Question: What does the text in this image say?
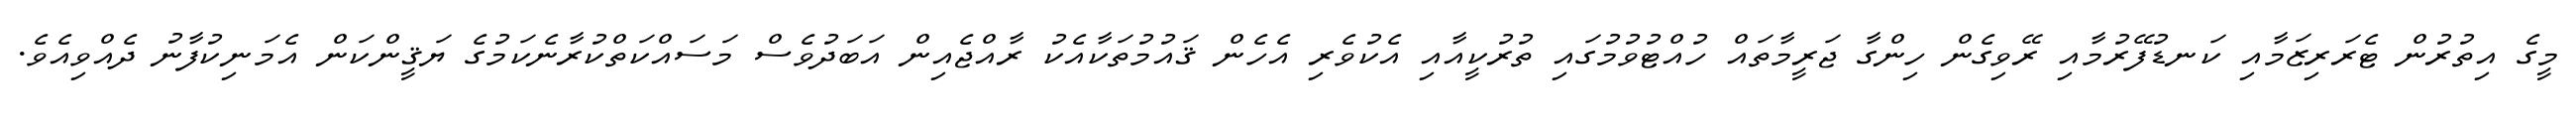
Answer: މީގެ އިތުރުން ޓެރަރިޒަމާއި ކަނޑުފޭރުމާއި ރޭވިގެން ހިންގާ ޖަރީމާތައް ހުއްޓުވުމުގައި ތުރުކީއާއި އެކުވެރި އެހެން ޤައުމުތަކާއެކު ރާއްޖެއިން އަބަދުވެސް މަސައްކަތްކުރާނެކަމުގެ ޔަޤީންކަން އެމަނިކުފާނު ދެއްވިއެވެ.